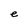
Character: e